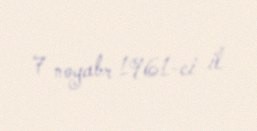
7 noyabr 1961-ci il